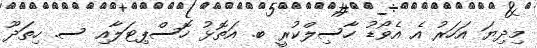
މިދިޔަ އަހަރު އެ އެވޯޑު ހާސިލްކުރީ ބ. އަތޮޅު ހޮސްޕިޓަލާއި ސ. ހިތަދޫ